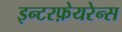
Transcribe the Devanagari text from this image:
इन्टरफ़ेयरेन्स